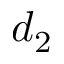
d _ { 2 }